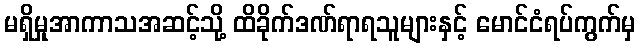
မရှိမှုအာကာသအဆင့်သို့ ထိခိုက်ဒဏ်ရာရသူများနှင့် မောင်ငံရပ်ကွက်မှ